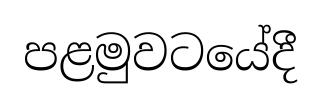
පළමුවටයේදී